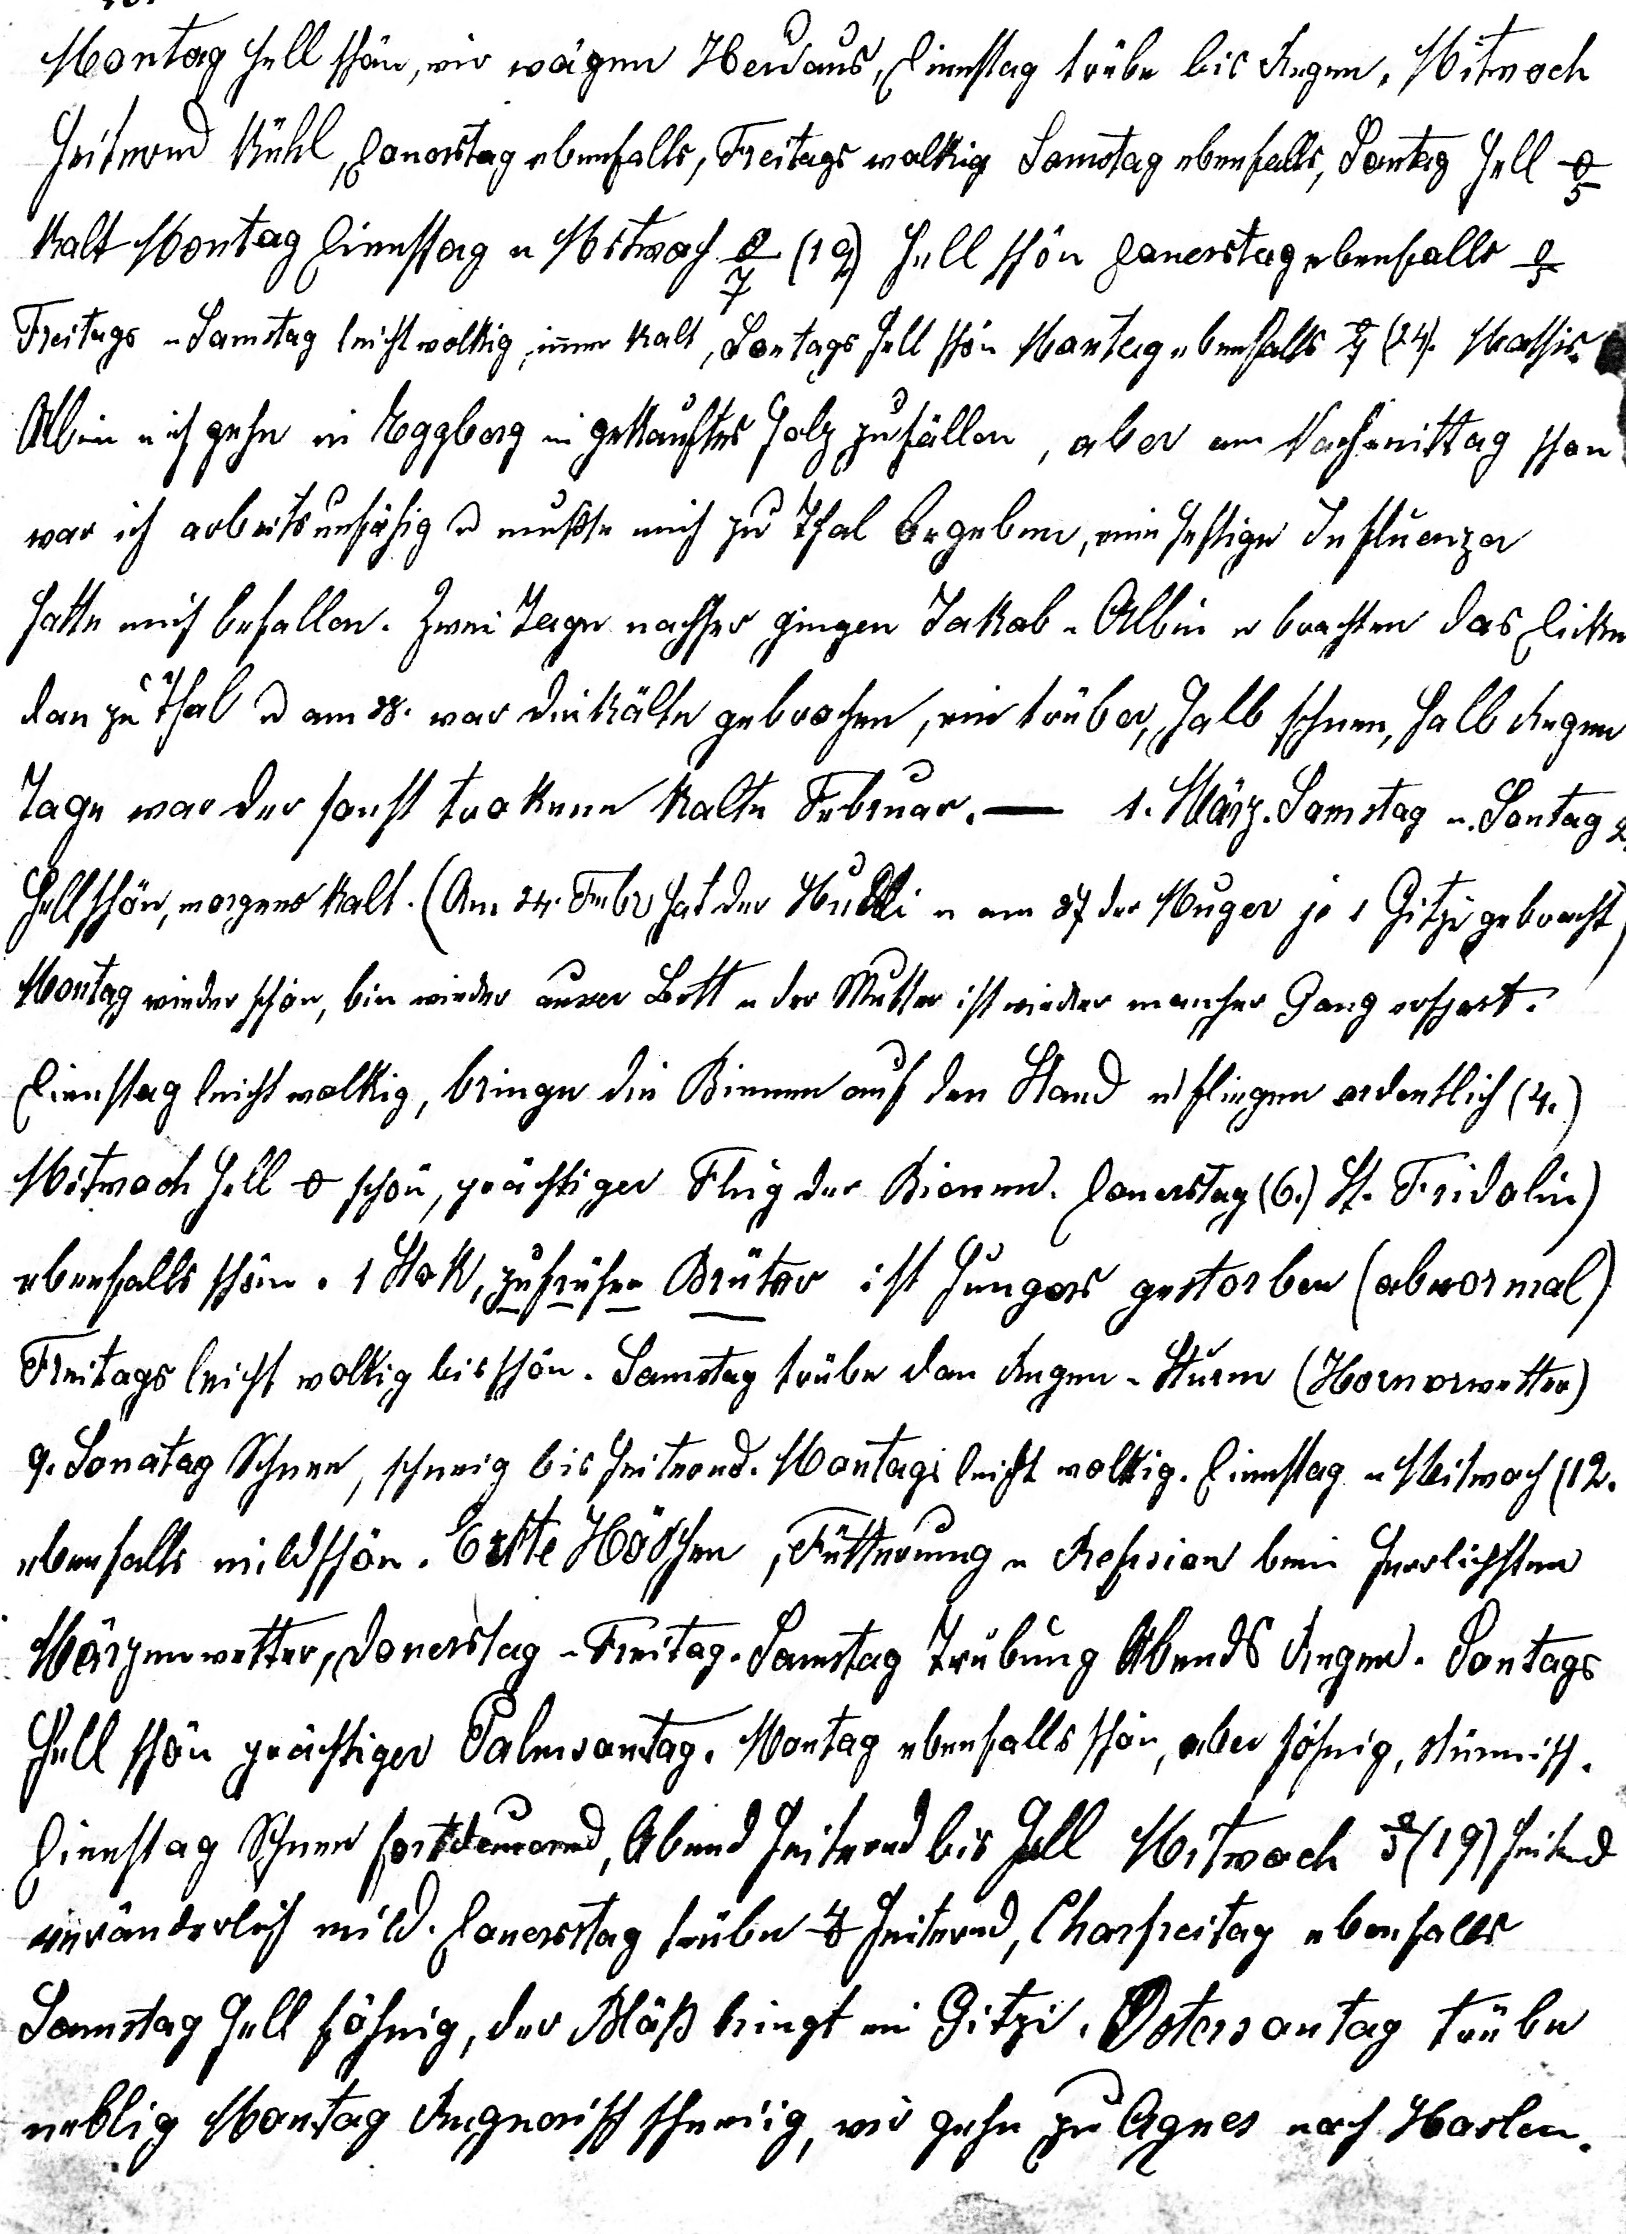
10.
Montag hell schön, wir wägen Heu aus, Dienstag trübe bis Regen. Mitwoch
heiternd kühl, Donerstag ebenfalls, Freitags wolkig Samstag ebenfalls, Sontag hell -5o
kalt, Montag Dienstag u Mitwoch -7o (19.) hell schön Donerstag ebenfalls -5o
Freitag u Samstag leicht wolkig, immer kalt, Sontags hell schön Montag ebenfalls -7o (24.) Nachts.
Albin u ich gehn in Eggberg eingekauftes Holz zu fällen, aber am Nachmittag schon
war ich arbeitsunfähig u musste mich zu Thal begeben, eine heftige Influenza
hatte mich befallen. Zwei Tage nachher gingen Jakob u Albin u brachten das Dicke
dan zu Thal u am 28. war die Kälte gebrochen, ein trüber, halb Schnee, halb Regen
Tage war der sonst trokene kalte Februar. 1. März. Samstag u Sontag 2.
hell schön, morgens kalt. (Am 24. Febr. hat der Hudli u am 27. der Muger je 1 Gitzi gebracht).
Montag wieder schön, bin wieder ausser Bett u der Mutter ist wieder mancher Gang erspart.
Dienstag leicht wolkig, bringen die Bienen auf den Stand u fliegen ordentlich (4.)
Mitwoch hell 0o schön, prächtiger Flug der Bienen. Donerstag (6.) St. Fridolin)
ebenfalls schön. 1 Stok, zu früher Brüter ist Hungers gestorben (abnormal)
Freitags leicht wolkig bis schön. Samstag trübe dan Regen u Sturm (Hornerwetter)
9. Sontag Schnee, schneiig bis heiternd. Montags leicht wolkig. Dienstag u Mitwoch (12.)
ebenfalls mild schön. Erste Höschen, Fütterung u Refision beim herrlichsten
Märzenwetter, Donerstag u Freitag. Samstag Trübung Abends Regen. Sontags hell
schön, prächtiger Palmsontag. Montag ebenfalls schön, aber föhnig, stürmisch.
Dienstag Schnee fortdauernd, Abends heiternd bis hell Mitwoch -3o (19.) heiternd
veränderlich mild. Donerstag trübe 4o heiternd, Charfreitag ebenfalls
Samstag hell föhnig, der Bläss bringt ein Gitzi. Ostersontag trübe
neblig Montag Regnerisch schneiig, wir gehn zu Agnes nach Haslen.